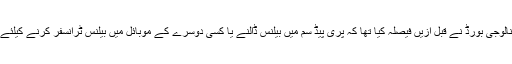
واضح رہے کہ کمیونیکیشن اور انفارمیشن ٹیکنالوجی بورڈ نے قبل ازیں فیصلہ کیا تھا کہ پری پیڈ سم میں بیلنس ڈالنے یا کسی دوسرے کے موبائل میں بیلنس ٹرانسفر کرنے کیلئے اقامہ یا شناختی کارڈ نمبر ڈالنا ضروری ہوگا۔